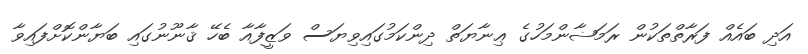
އަދި ބައެއް ފަރާތްތަކުން ރަމަޟާންމަހުގެ ޢިނާޔަތް ދިންކަމުގައިވިޔަސް ވަޒީފާއާ ބެހޭ ޤާނޫނުގައި ބަޔާންކޮށްފައިވާ